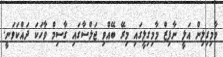
މާމިގިލިން އަލީ ނާފިޒް މާމިގިލީގައި މިރޭ ބޭއްވި ޖަލްސާގައި ގާސިމް ވާހަކަ ދައްކަވަނީ.